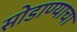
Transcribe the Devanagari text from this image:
सोडाण्याचा